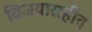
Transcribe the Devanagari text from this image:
विजयासहीत